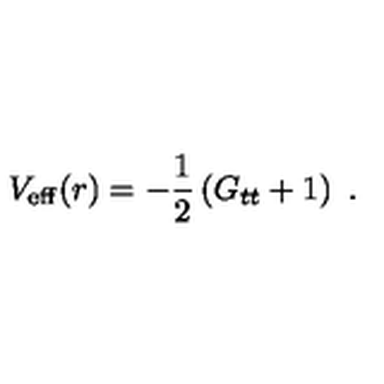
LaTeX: V _ { \mathrm { e f f } } ( r ) = - \frac { 1 } { 2 } \left( G _ { t t } + 1 \right) \ .